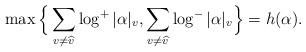
LaTeX: \begin{align*}\max\Big\{\sum_{v \not= \widehat{v}} \log^+ |\alpha|_v, \sum_{v \not= \widehat{v}} \log^- |\alpha|_v\Big\} = h(\alpha).\end{align*}